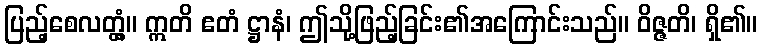
ပြည့်စေလတ္တံ့။ ဣတိ ဧတံ ဋ္ဌာနံ၊ ဤသို့ဖြည့်ခြင်း၏အကြောင်းသည်။ ဝိဇ္ဇတိ၊ ရှိ၏။